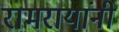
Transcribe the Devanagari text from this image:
रामरायांनी